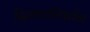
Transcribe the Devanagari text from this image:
दिशापरिवर्तन